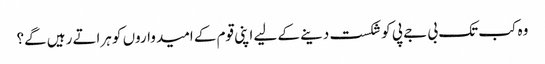
وہ کب تک بی جے پی کوشکست دینے کے لیے اپنی قوم کے امیدواروں کو ہراتے رہیں گے؟